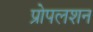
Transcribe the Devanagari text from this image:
प्रोपलशन